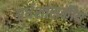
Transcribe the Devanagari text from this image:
अर्धशासकीय